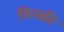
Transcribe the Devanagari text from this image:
यिनकी